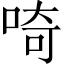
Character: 𠵇